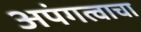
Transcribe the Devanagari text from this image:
अपंगत्वाचा